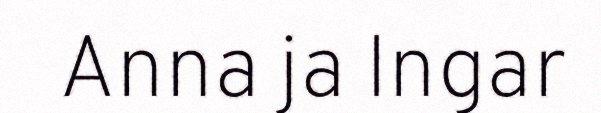
Anna ja Ingar